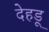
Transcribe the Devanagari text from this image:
देहडू